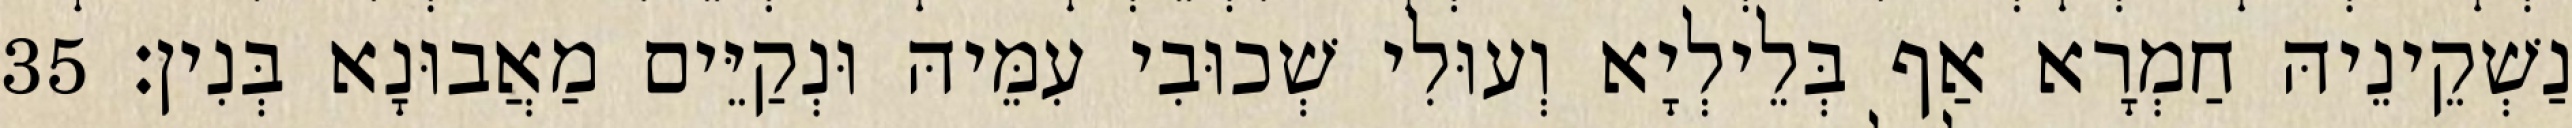
נַשְׁקֵינֵיהּ חַמְרָא אַף בְּלֵילְיָא וְעוּלִי שְׁכוּבִי עִמֵּיהּ וּנְקַיֵּים מַאֲבוּנָא בְּנִין׃ 35